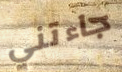
جاءتني